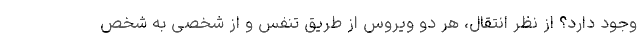
وجود دارد؟ از نظر انتقال، هر دو ویروس از طریق تنفس و از شخصی به شخص